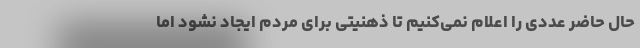
حال حاضر عددی را اعلام نمی‌کنیم تا ذهنیتی برای مردم ایجاد نشود اما